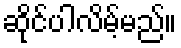
ဆိုင်ပါလိမ့်မည်။